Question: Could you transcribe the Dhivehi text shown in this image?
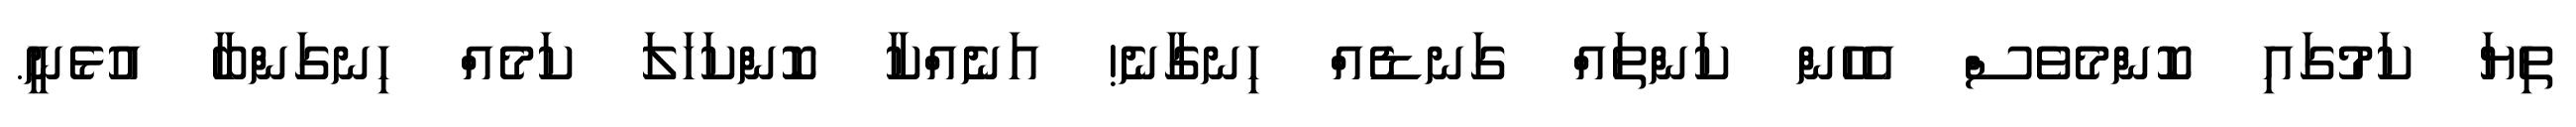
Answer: ތިޔަ ކަމުގައި ކޮންމެވެސް އެހެން ކަންތައް ގަނޑެއް ހިނގާނެ! އަނެއްކާ ކޮންކަހަލަ ކަމެއް ހިނގަންބާ އުޅެނީ.